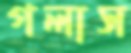
গলাস